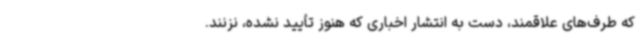
که طرف‌های علاقمند، دست به انتشار اخباری که هنوز تأیید نشده، نزنند.